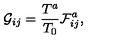
{ \cal G } _ { i j } = { \frac { T ^ { a } } { T _ { 0 } } } { \cal F } _ { i j } ^ { a } ,